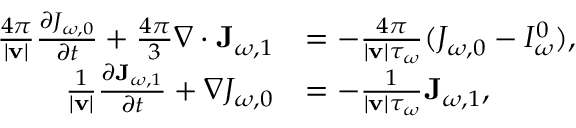
\begin{array} { r l } { \frac { 4 \pi } { | \mathbf v | } \frac { \partial J _ { \omega , 0 } } { \partial t } + \frac { 4 \pi } { 3 } \nabla \cdot \mathbf J _ { \omega , 1 } } & { = - \frac { 4 \pi } { | \mathbf v | \tau _ { \omega } } ( J _ { \omega , 0 } - I _ { \omega } ^ { 0 } ) , } \\ { \frac { 1 } { | \mathbf v | } \frac { \partial \mathbf J _ { \omega , 1 } } { \partial t } + \nabla J _ { \omega , 0 } } & { = - \frac { 1 } { | \mathbf v | \tau _ { \omega } } \mathbf J _ { \omega , 1 } , } \end{array}